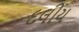
દલીય